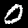
Label: 0